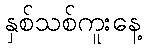
နှစ်သစ်ကူးနေ့